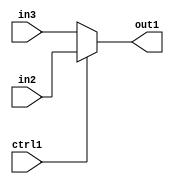
`timescale 1ps / 1ps
/*****************************************************************************
    Verilog RTL Description
    
    
    Created by: CellMath Designer 2019.1.01 
*******************************************************************************/

module sfu_out_buff_N_MuxB_320_2_8_1_0 (
	in3,
	in2,
	ctrl1,
	out1
	); /* architecture "behavioural" */ 
input [319:0] in3,
	in2;
input  ctrl1;
output [319:0] out1;
wire [319:0] asc001;

reg [319:0] asc001_tmp_0;
assign asc001 = asc001_tmp_0;
always @ (ctrl1 or in2 or in3) begin
	case (ctrl1)
		1'B1 : asc001_tmp_0 = in2 ;
		default : asc001_tmp_0 = in3 ;
	endcase
end

assign out1 = asc001;
endmodule

/* CADENCE  uLb5TgA= : u9/ySgnWtBlWxVPRXgAZ4Og= ** DO NOT EDIT THIS LINE ******/